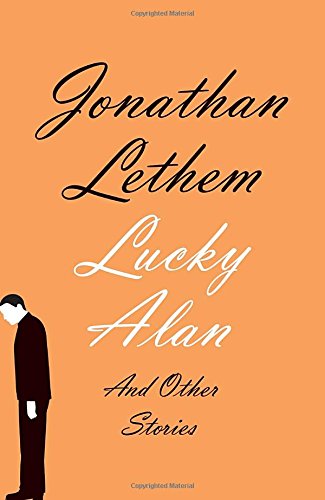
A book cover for Lucky Alan: And Other Stories; Jonathan Lethem; Science Fiction & Fantasy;